Problem: 5 × 8 = ?
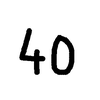
Handwritten answer: 40